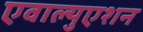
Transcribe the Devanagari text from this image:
एवाल्युएशन